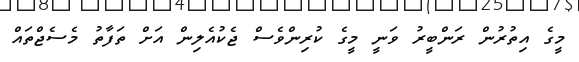
މީގެ އިތުރުން ރަންބީރު ވަނީ މީގެ ކުރިންވެސް ޖެކުއެލިން އަށް ތަފާތު މެސެޖްތައް